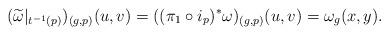
LaTeX: \begin{align*}(\widetilde{\omega}|_{t^{-1}(p)})_{(g,p)}(u,v)=((\pi_1\circ i_p)^\ast\omega)_{(g,p)}(u,v)=\omega_g(x,y).\end{align*}